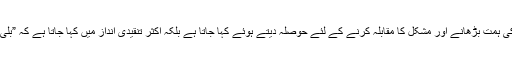
جو لوگ مشکل سر پر ہو لیکن اپنی آنکھیں بند کر لیتے ہیں ایسے لوگوں کی ہمت بڑھانے اور مشکل کا مقابلہ کرنے کے لئے حوصلہ دیتے ہوئے کہا جاتا ہے بلکہ اکثر تنقیدی انداز میں کہا جاتا ہے کہ ”بلی کو دیکھ کر کبوتر کی طرح آنکھیں بند کر لینا کسی مسئلے کا حل نہیں“۔